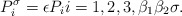
\begin{align*} P_{i}^{\sigma}=\epsilon P_{i} i=1,2,3, \beta_{1}\beta_{2}\sigma.\end{align*}